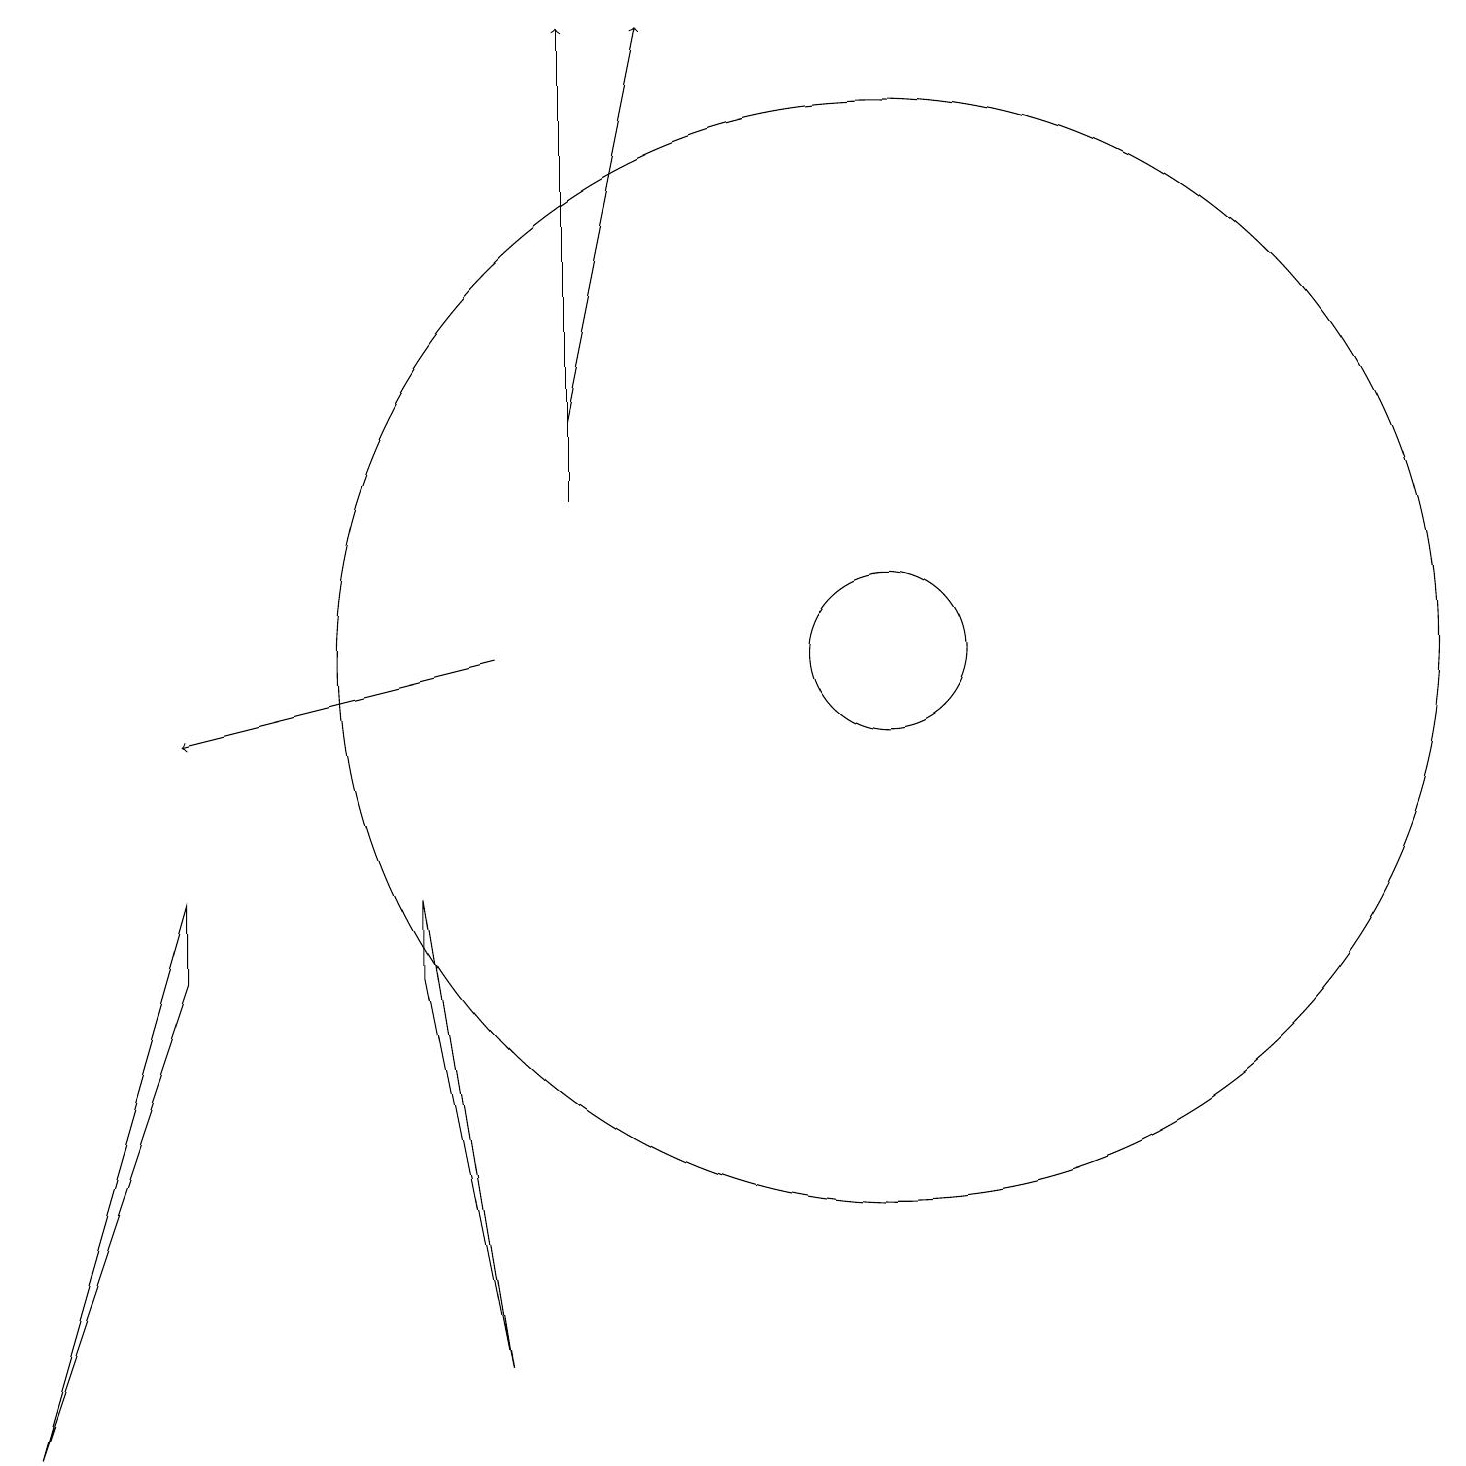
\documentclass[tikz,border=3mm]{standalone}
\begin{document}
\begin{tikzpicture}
\draw (12,11) circle (1);
\draw[->] (8,13) -- (8,19);
\draw[->] (7,11) -- (3,10);
\draw[->] (8,14) -- (9,19);
\draw (7,2) -- (6,8) -- (6,7) -- cycle;
\draw (3,7) -- (1,1) -- (3,8) -- cycle;
\draw (12,11) circle (7);
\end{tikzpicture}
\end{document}